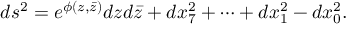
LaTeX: d s ^ { 2 } = e ^ { \phi ( z , \bar { z } ) } d z d \bar { z } + d x _ { 7 } ^ { 2 } + \cdots + d x _ { 1 } ^ { 2 } - d x _ { 0 } ^ { 2 } .